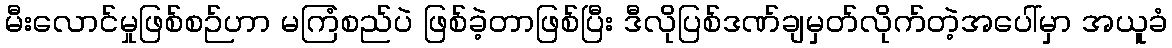
မီးလောင်မှုဖြစ်စဉ်ဟာ မကြံစည်ပဲ ဖြစ်ခဲ့တာဖြစ်ပြီး ဒီလိုပြစ်ဒဏ်ချမှတ်လိုက်တဲ့အပေါ်မှာ အယူခံ